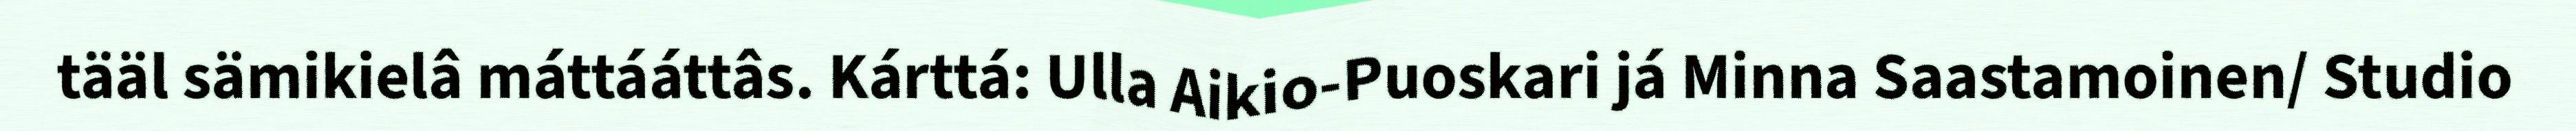
tääl sämikielâ máttááttâs. Kárttá: Ulla Aikio-Puoskari já Minna Saastamoinen/ Studio